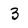
Character: 3